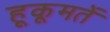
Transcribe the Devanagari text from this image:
हूकूमतें